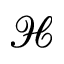
\mathcal { H }